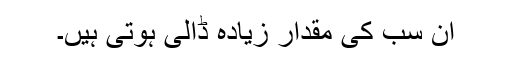
ان سب کی مقدار زیادہ ڈالی ہوتی ہیں۔